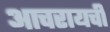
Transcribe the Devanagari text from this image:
आचरायची